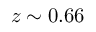
z \sim 0 . 6 6